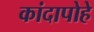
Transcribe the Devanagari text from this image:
कांदापोहे